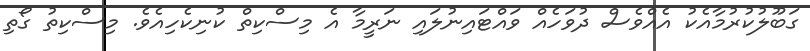
ގަބޫލުކުރުމާއެކު އެއްވެސް ދުވަހެއް ވައްޓައިނުލައި ނަރީމާ އެ މިސްކިތް ކުނިކެހިއެވެ. މިސްކިތު ގޯތި